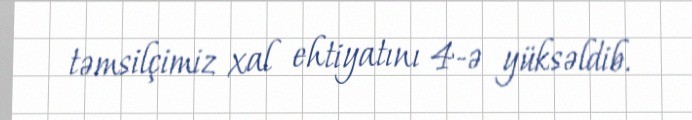
təmsilçimiz xal ehtiyatını 4-ə yüksəldib.